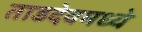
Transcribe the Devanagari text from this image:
ताडदेवमध्ये